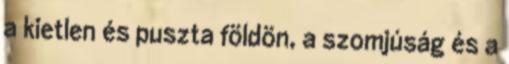
a kietlen és puszta földön, a szomjúság és a